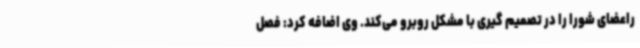
راعضای شورا را در تصمیم گیری با مشکل روبرو می‌کند. وی اضافه کرد: فصل